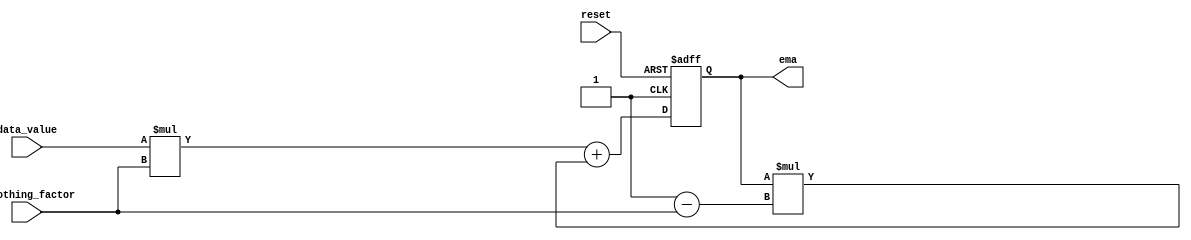
module ema_design (
  input wire [31:0] data_value,
  input wire [31:0] smoothing_factor,
  input wire reset,
  output reg [31:0] ema
);

always @(posedge clk or posedge reset) begin
  if (reset) begin
    ema <= 0;
  end else begin
    ema <= (data_value * smoothing_factor) + (ema * (32'b1 - smoothing_factor));
  end
end

endmodule